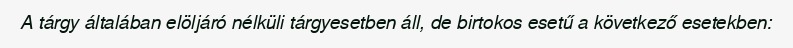
A tárgy általában elöljáró nélküli tárgyesetben áll, de birtokos esetű a következő esetekben: